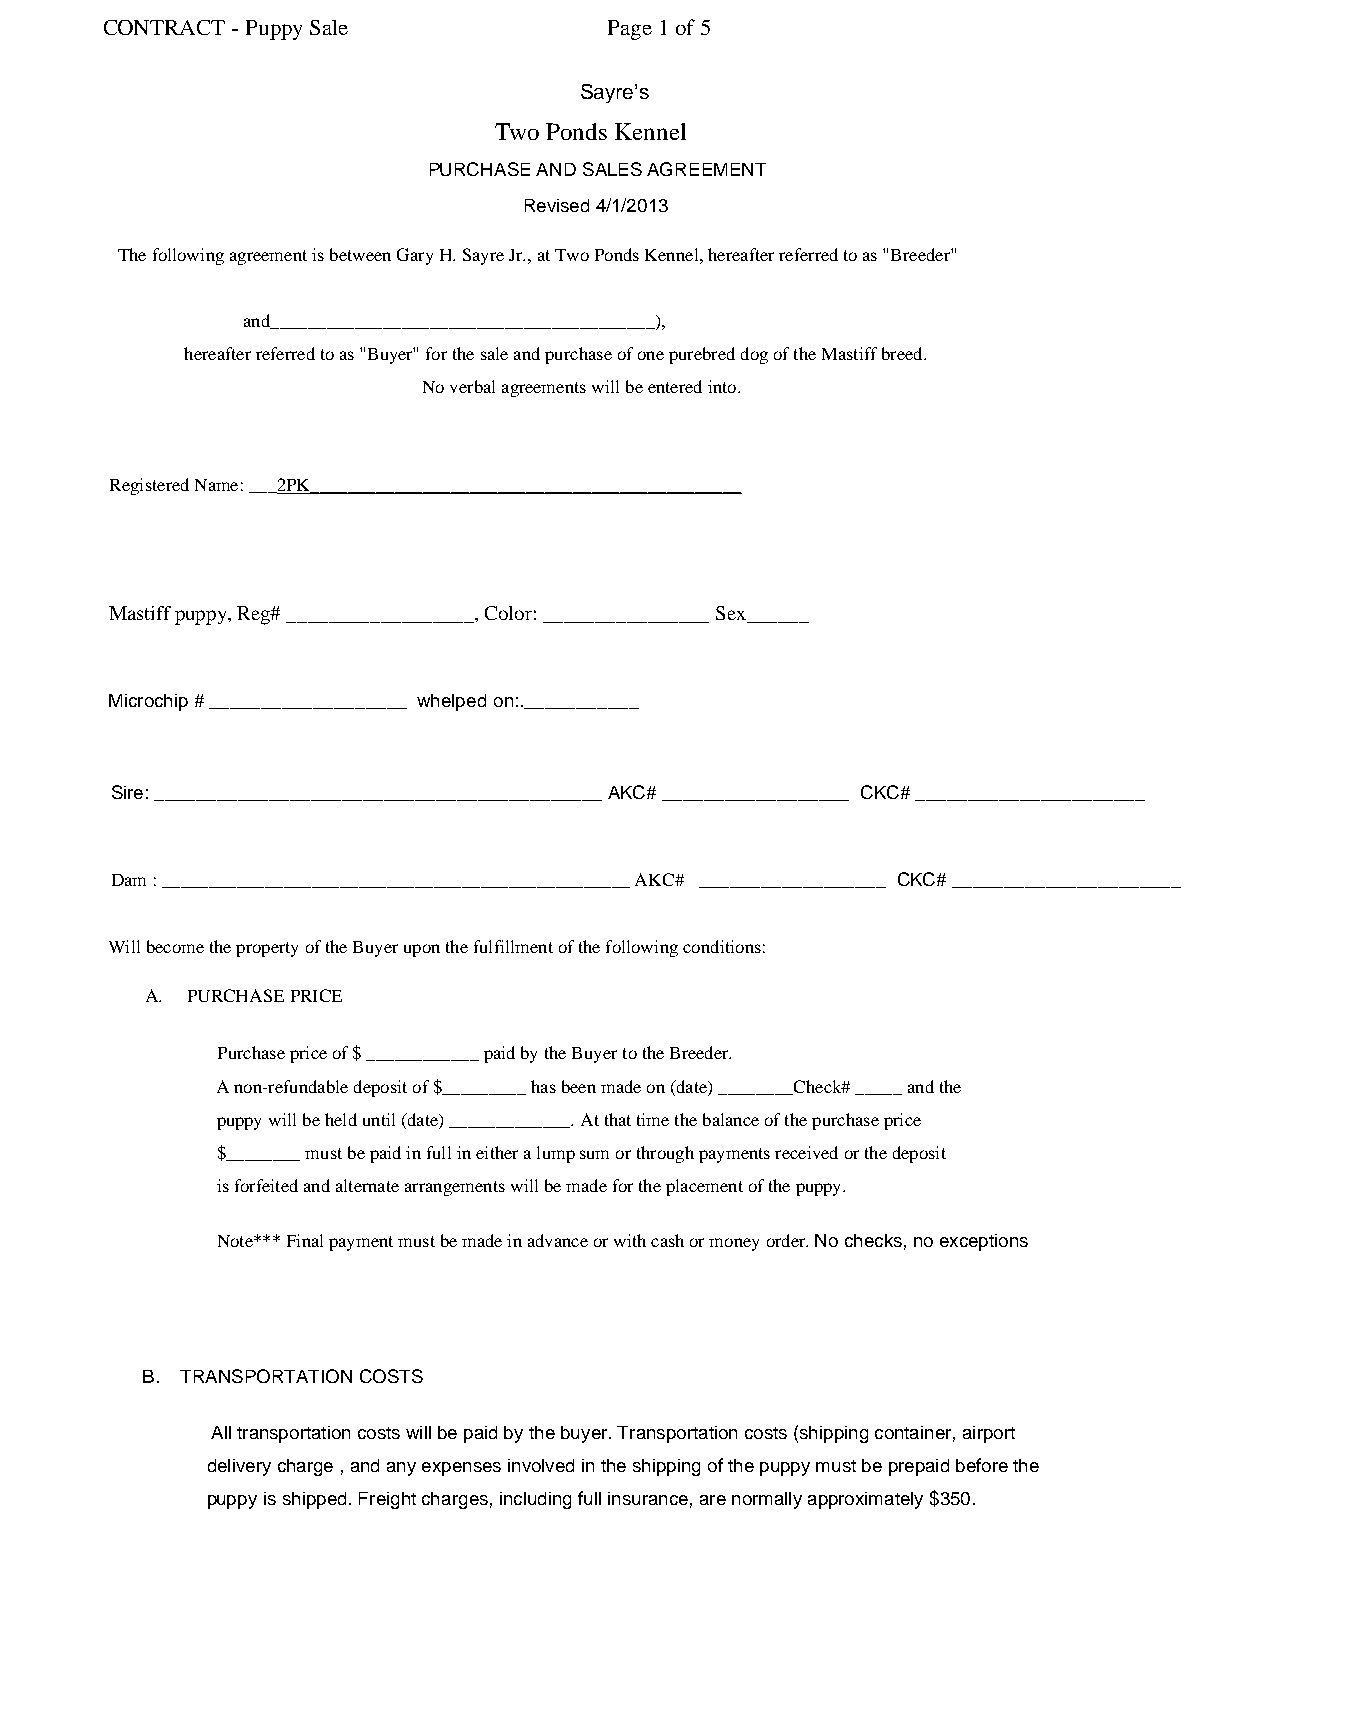
CONTRACT - Puppy Sale            Page 1 of 5
 Sayre’s
 Two Ponds Kennel
 PURCHASE AND SALES AGREEMENT
 Revised 4/1/2013
 The following agreement is between Gary H. Sayre Jr., at Two Ponds Kennel, hereafter referred to as "Breeder"
 and_________________________________________),
 hereafter referred to as "Buyer" for the sale and purchase of one purebred dog of the Mastiff breed.
 No verbal agreements will be entered into.
 Registered Name: ___2PK______________________________________________
 Mastiff puppy, Reg# __________________, Color: ________________ Sex______
 Microchip # ___________________ whelped on:.___________
 Sire: ___________________________________________ AKC# __________________ CKC# ______________________
 Dam : __________________________________________________ AKC# __________________ CKC# ______________________
 Will become the property of the Buyer upon the fulfillment of the following conditions:
 A. PURCHASE PRICE
 Purchase price of $ ____________ paid by the Buyer to the Breeder.
 A non-refundable deposit of $_________ has been made on (date) ________Check# _____ and the
 puppy will be held until (date) _____________. At that time the balance of the purchase price
 $________ must be paid in full in either a lump sum or through payments received or the deposit
 is forfeited and alternate arrangements will be made for the placement of the puppy.
 Note*** Final payment must be made in advance or with cash or money order. No checks, no exceptions
 B. TRANSPORTATION COSTS
 All transportation costs will be paid by the buyer. Transportation costs (shipping container, airport
 delivery charge , and any expenses involved in the shipping of the puppy must be prepaid before the
 puppy is shipped. Freight charges, including full insurance, are normally approximately $350.